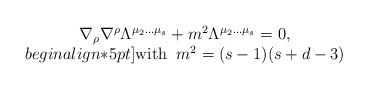
\begin{align*}\begin{array}{c}\nabla_{\rho}\nabla^{\rho}\Lambda^{\mu_2\ldots\mu_s}+m^2\Lambda^{\mu_2\ldots\mu_s}=0,\\begin{align*}5pt]\mbox{with}\;\;m^2=(s-1)(s+d-3)\end{array}\end{align*}